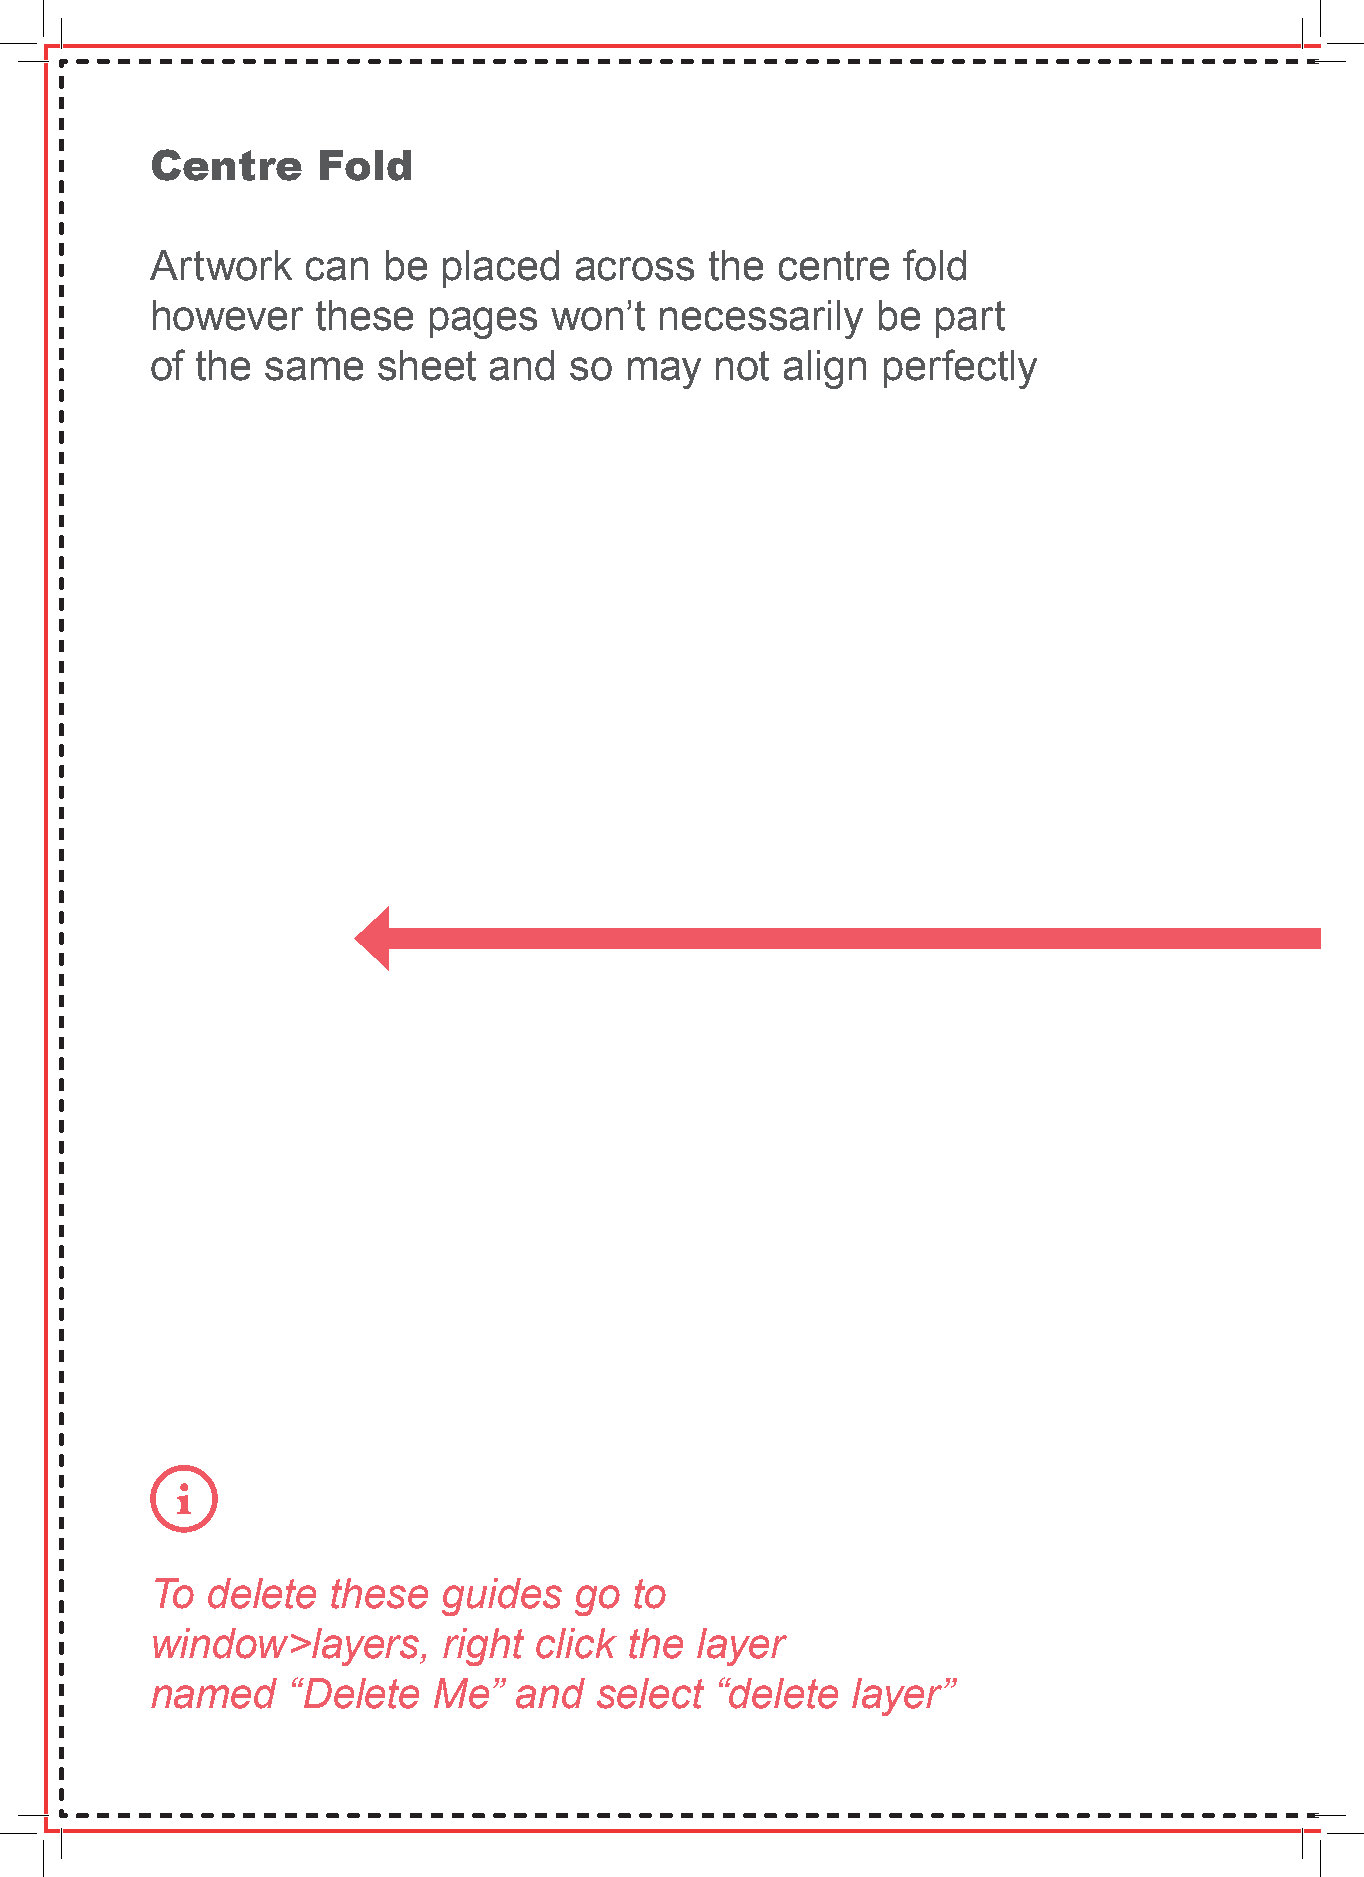
Centre     Fold
 Artwork   can  be  placed   across   the centre   fold
 however    these  pages    won’t  necessarily   be  part
 of the  same   sheet  and   so may   not  align perfectly
 To  delete  these  guides   go  to
 window>layers,     right click  the layer
 named    “Delete   Me”  and  select  “delete  layer”